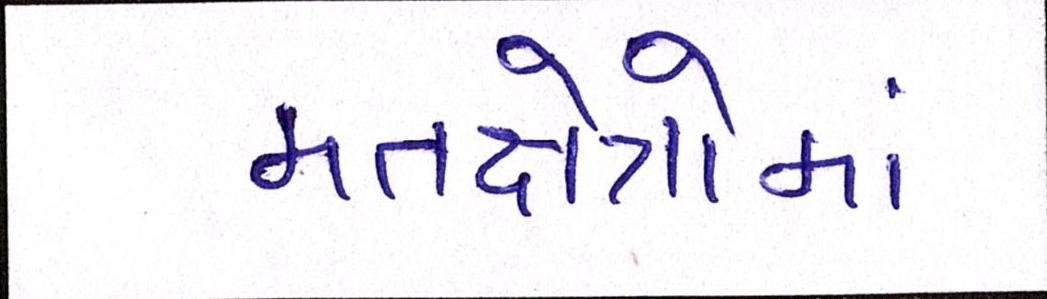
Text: મતક્ષેત્રોમાં